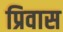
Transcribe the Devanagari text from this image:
प्रिवास